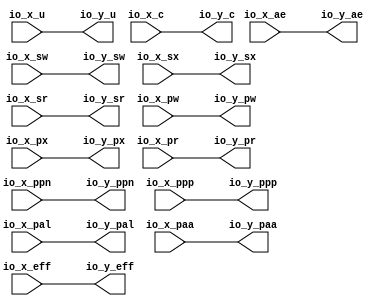
module OptimizationBarrier( // @[:freechips.rocketchip.system.DefaultRV32Config.fir@175626.2]
  input  [19:0] io_x_ppn, // @[:freechips.rocketchip.system.DefaultRV32Config.fir@175629.4]
  input         io_x_u, // @[:freechips.rocketchip.system.DefaultRV32Config.fir@175629.4]
  input         io_x_ae, // @[:freechips.rocketchip.system.DefaultRV32Config.fir@175629.4]
  input         io_x_sw, // @[:freechips.rocketchip.system.DefaultRV32Config.fir@175629.4]
  input         io_x_sx, // @[:freechips.rocketchip.system.DefaultRV32Config.fir@175629.4]
  input         io_x_sr, // @[:freechips.rocketchip.system.DefaultRV32Config.fir@175629.4]
  input         io_x_pw, // @[:freechips.rocketchip.system.DefaultRV32Config.fir@175629.4]
  input         io_x_px, // @[:freechips.rocketchip.system.DefaultRV32Config.fir@175629.4]
  input         io_x_pr, // @[:freechips.rocketchip.system.DefaultRV32Config.fir@175629.4]
  input         io_x_ppp, // @[:freechips.rocketchip.system.DefaultRV32Config.fir@175629.4]
  input         io_x_pal, // @[:freechips.rocketchip.system.DefaultRV32Config.fir@175629.4]
  input         io_x_paa, // @[:freechips.rocketchip.system.DefaultRV32Config.fir@175629.4]
  input         io_x_eff, // @[:freechips.rocketchip.system.DefaultRV32Config.fir@175629.4]
  input         io_x_c, // @[:freechips.rocketchip.system.DefaultRV32Config.fir@175629.4]
  output [19:0] io_y_ppn, // @[:freechips.rocketchip.system.DefaultRV32Config.fir@175629.4]
  output        io_y_u, // @[:freechips.rocketchip.system.DefaultRV32Config.fir@175629.4]
  output        io_y_ae, // @[:freechips.rocketchip.system.DefaultRV32Config.fir@175629.4]
  output        io_y_sw, // @[:freechips.rocketchip.system.DefaultRV32Config.fir@175629.4]
  output        io_y_sx, // @[:freechips.rocketchip.system.DefaultRV32Config.fir@175629.4]
  output        io_y_sr, // @[:freechips.rocketchip.system.DefaultRV32Config.fir@175629.4]
  output        io_y_pw, // @[:freechips.rocketchip.system.DefaultRV32Config.fir@175629.4]
  output        io_y_px, // @[:freechips.rocketchip.system.DefaultRV32Config.fir@175629.4]
  output        io_y_pr, // @[:freechips.rocketchip.system.DefaultRV32Config.fir@175629.4]
  output        io_y_ppp, // @[:freechips.rocketchip.system.DefaultRV32Config.fir@175629.4]
  output        io_y_pal, // @[:freechips.rocketchip.system.DefaultRV32Config.fir@175629.4]
  output        io_y_paa, // @[:freechips.rocketchip.system.DefaultRV32Config.fir@175629.4]
  output        io_y_eff, // @[:freechips.rocketchip.system.DefaultRV32Config.fir@175629.4]
  output        io_y_c // @[:freechips.rocketchip.system.DefaultRV32Config.fir@175629.4]
);
  assign io_y_ppn = io_x_ppn; // @[package.scala 236:12:freechips.rocketchip.system.DefaultRV32Config.fir@175634.4]
  assign io_y_u = io_x_u; // @[package.scala 236:12:freechips.rocketchip.system.DefaultRV32Config.fir@175634.4]
  assign io_y_ae = io_x_ae; // @[package.scala 236:12:freechips.rocketchip.system.DefaultRV32Config.fir@175634.4]
  assign io_y_sw = io_x_sw; // @[package.scala 236:12:freechips.rocketchip.system.DefaultRV32Config.fir@175634.4]
  assign io_y_sx = io_x_sx; // @[package.scala 236:12:freechips.rocketchip.system.DefaultRV32Config.fir@175634.4]
  assign io_y_sr = io_x_sr; // @[package.scala 236:12:freechips.rocketchip.system.DefaultRV32Config.fir@175634.4]
  assign io_y_pw = io_x_pw; // @[package.scala 236:12:freechips.rocketchip.system.DefaultRV32Config.fir@175634.4]
  assign io_y_px = io_x_px; // @[package.scala 236:12:freechips.rocketchip.system.DefaultRV32Config.fir@175634.4]
  assign io_y_pr = io_x_pr; // @[package.scala 236:12:freechips.rocketchip.system.DefaultRV32Config.fir@175634.4]
  assign io_y_ppp = io_x_ppp; // @[package.scala 236:12:freechips.rocketchip.system.DefaultRV32Config.fir@175634.4]
  assign io_y_pal = io_x_pal; // @[package.scala 236:12:freechips.rocketchip.system.DefaultRV32Config.fir@175634.4]
  assign io_y_paa = io_x_paa; // @[package.scala 236:12:freechips.rocketchip.system.DefaultRV32Config.fir@175634.4]
  assign io_y_eff = io_x_eff; // @[package.scala 236:12:freechips.rocketchip.system.DefaultRV32Config.fir@175634.4]
  assign io_y_c = io_x_c; // @[package.scala 236:12:freechips.rocketchip.system.DefaultRV32Config.fir@175634.4]
endmodule